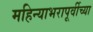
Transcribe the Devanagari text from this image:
महिन्याभरापूर्वीच्या